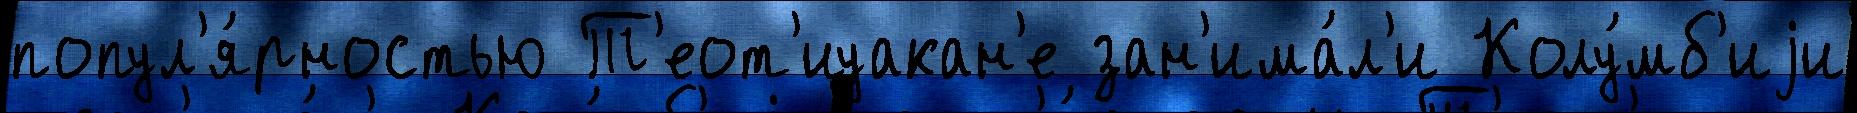
попул'я́рностью Т'еот'иуакан'е зан'има́л'и Колу́мб'иjи